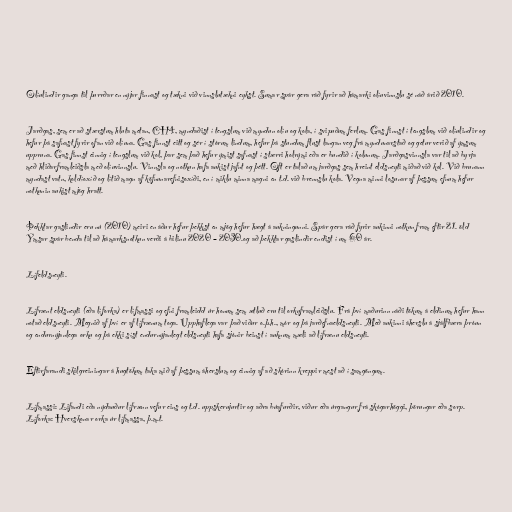
Olíulindir ganga til þurrðar en nýjar finnast og tækni við vinnslutækni eykst. Sumar spár gera ráð fyrir að hámarki olíuvinnslu sé náð árið 2010.

Jarðgas, sem er að stærstum hluta metan, CH4, myndaðist í tengslum við myndun olíu og kola, í svipuðum ferlum. Gas finnst í tengslum við olíulindir og
hefur þá safnast fyrir ofan við olíuna. Gas finnst eitt og sér í stórum lindum, hefur þá stundum flust langan veg frá myndunarstað og getur verið af ýmsum
uppruna. Gas finnst einnig í tengslum við kol, þar sem það hefur ýmist safnast í stærri holrými eða er bundið í kolunum. Jarðgasvinnsla var til að byrja
með hliðarframleiðsla með olíuvinnslu. Vinnsla og notkun hafa aukist jafnt og þétt. Oft er talað um jarðgas sem hreint eldsneyti miðað við kol. Við brunann
myndast vatn, koldíoxíð og lítið magn af köfnunarefnisoxíði, en í miklu minna magni en t.d. við brennslu kola. Vegna minni losunar af þessum efnum hefur
notkunin aukist mjög hratt.

Þekktar gaslindir eru nú (2010) meiri en áður hefur þekkst en mjög hefur hægt á aukningunni. Spár gera ráð fyrir aukinni notkun fram eftir 21. öld
Ýmsar spár benda til að hámarksnotkun verði á bilinu 2020 – 2030.og að þekktar gaslindir endist í um 60 ár.

Lífeldsneyti.

Lífrænt eldsneyti (eða líforka) er lífmassi og efni framleidd úr honum sem ætluð eru til orkuframleiðslu. Frá því maðurinn náði tökum á eldinum hefur hann
notað eldsneyti. Megnið af því er af lífrænum toga. Upphaflega var það viður o.þ.h., mór og þá jarðefnaeldsneyti. Með aukinni áherslu á sjálfbæra þróun
og endurnýjanlega orku og þá ekki síst endurnýjanlegt eldsneyti hafa sjónir beinst í auknum mæli að lífrænu eldsneyti.

Eftirfarandi skilgreiningar á hugtökum taka mið af þessum áherslum og einnig af að skórinn kreppir mest að í samgöngum.

Lífmassi: Lifandi eða nýdauður lífrænn vefur eins og t.d. uppskerujurtir og aðra búafurðir, viður eða úrgangur frá skógarhöggi, þörungar eða sorp.
Líforka: Hverskonar orka úr lífmassa, þ.m.t.